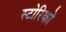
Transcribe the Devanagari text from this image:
स्टोरिको